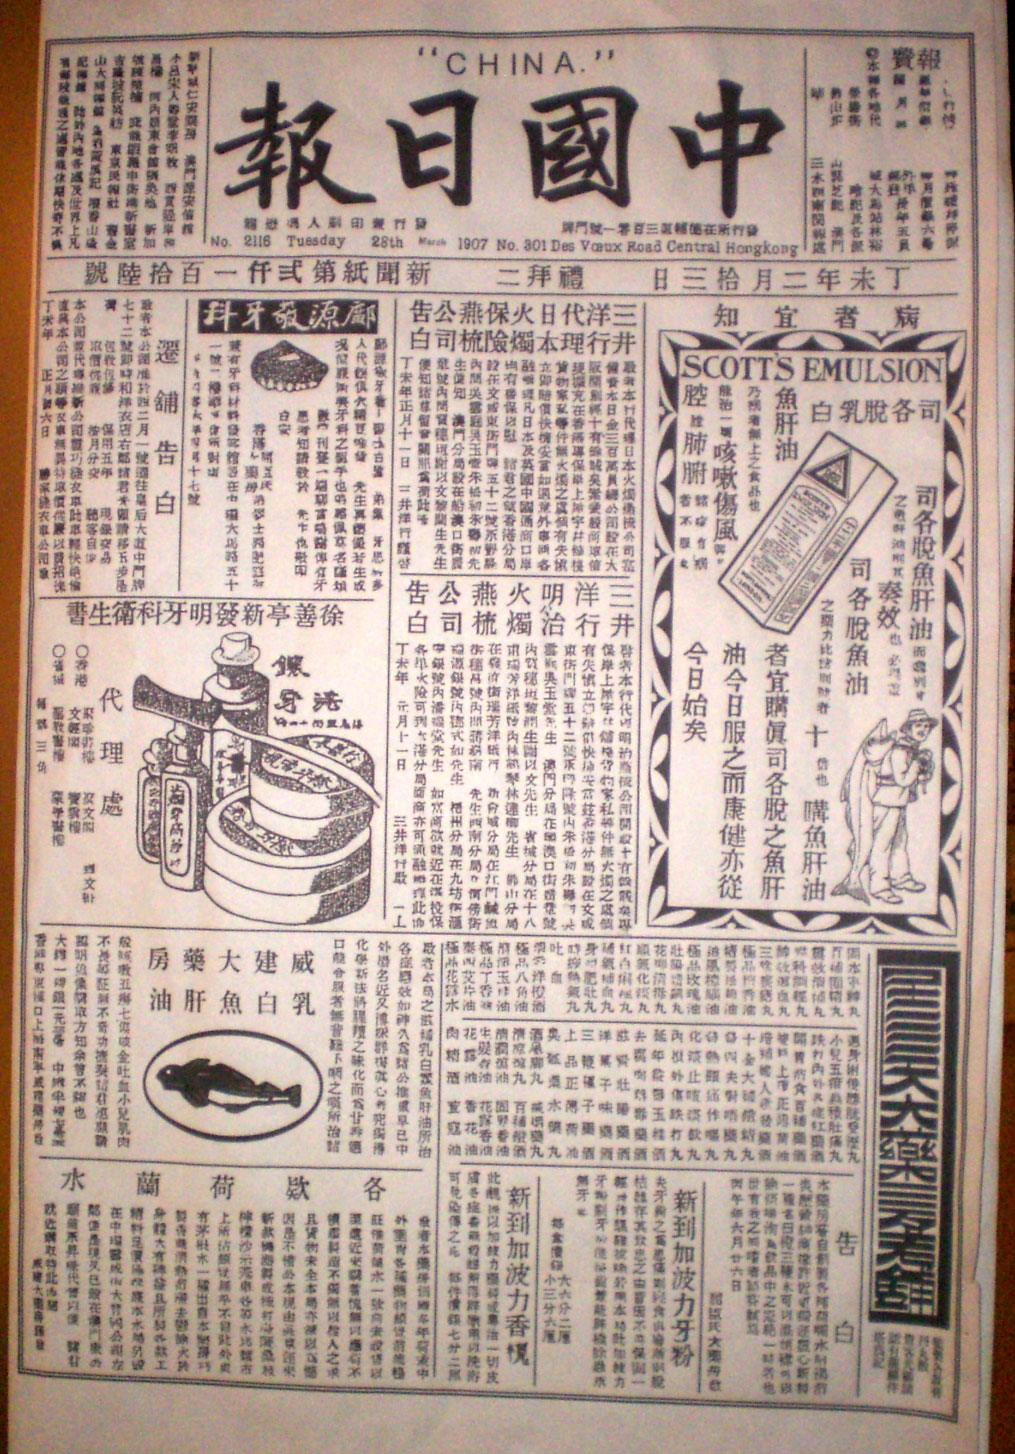
Language: zh